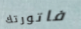
فاتورتك